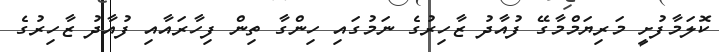
ކޮލަމާފުށީ މަރިޔަމްމާގޭ ފުއާދު ޒާހިރުގެ ނަމުގައި ހިންގާ ތިން ފިހާރައާއި ފުއާދު ޒާހިރުގެ